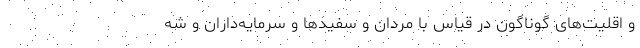
و اقلیت‌های گوناگون در قیاس با مردان و سفیدها و سرمایه‌داران و شه